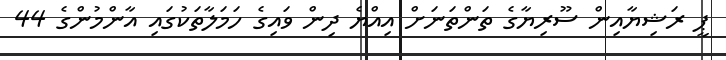
ޕީ ރަޝިޔާއިން ސޫރިޔާގެ ތަންތަނަށް އިއްޔެ ދިން ވައިގެ ހަމަލާތަކުގައި އާންމުންގެ 44